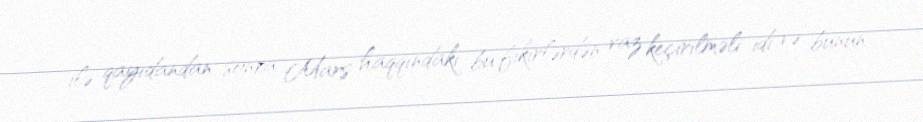
ilə qayıdandan sonra Mars haqqındakı bu fikirlərdən vaz keçirilməli idi və bunun